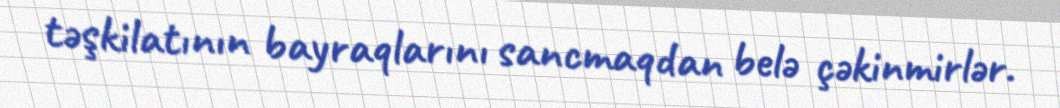
təşkilatının bayraqlarını sancmaqdan belə çəkinmirlər.